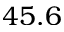
4 5 . 6